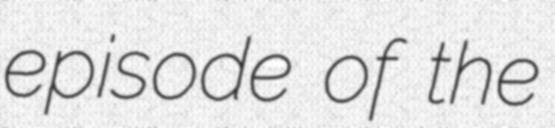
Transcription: episode of the